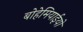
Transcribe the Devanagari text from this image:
बोहेमियाईयों